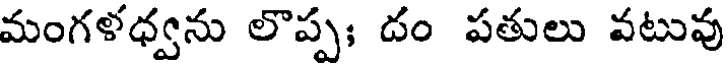
మంగళధ్వను లొప్ప; దం పతులు వటువు